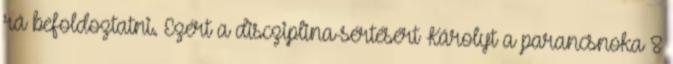
rá befoldoztatni. Ezért a discziplina-sértésért Károlyt a parancsnoka 8